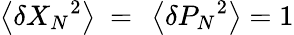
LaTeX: \left\langle\delta{{X}_{N}}^{2}\right\rangle\mathrm{~=~}\left\langle\delta{{P}_{N}}^{2}\right\rangle=1